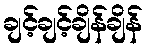
ချင့်ချင့်ချိန်ချိန်